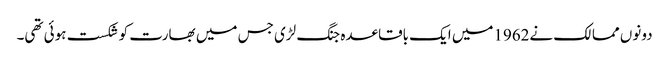
دونوں ممالک نے1962میں ایک باقاعدہ جنگ لڑی جس میں بھارت کو شکست ہوئی تھی۔